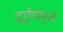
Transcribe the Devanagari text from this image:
दुर्गुणांमुळे